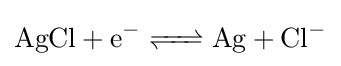
{\ce {AgCl + e^- <=> Ag + Cl^-}}